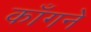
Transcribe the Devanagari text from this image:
काँगने